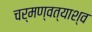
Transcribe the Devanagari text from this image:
चर्मण्वत्याश्व